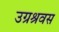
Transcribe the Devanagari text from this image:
उग्रश्रवस